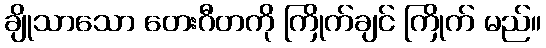
ချိုသာသော တေးဂီတကို ကြိုက်ချင် ကြိုက် မည်။